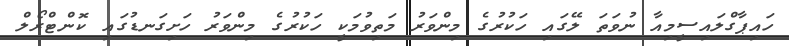
ހައިޕާގްލައިސީމިއާ ނުވަތަ ލޭގައި ހަކުރުގެ މިންވަރު މަތިވުމަކީ ހަކުރުގެ މިންވަރު ހަށިގަނޑުގައި ކޮންޓްރޯލް